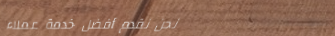
نحن نقدم أفضل خدمة عملاء